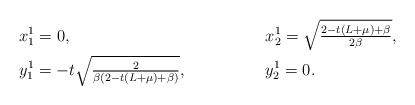
\begin{align*}& x^1_1=0, && x_2^1=\sqrt{\tfrac{2-t\left(L+\mu\right)+\beta}{2\beta}},\\& y_1^1=-t\sqrt{\tfrac{2}{\beta\left(2-t\left(L+\mu\right)+\beta\right)}},&& y^1_2=0.\end{align*}